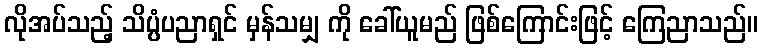
လိုအပ်သည့် သိပ္ပံပညာရှင် မှန်သမျှ ကို ခေါ်ယူမည် ဖြစ်ကြောင်းဖြင့် ကြေညာသည်။